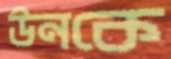
উনকে